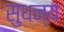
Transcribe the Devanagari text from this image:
सुधन्य